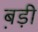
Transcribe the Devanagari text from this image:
ब़ड़ी